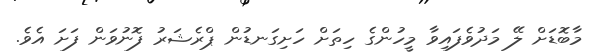
މާބޮޑަށް ލޭ މަދުވެފައިވާ މީހުންގެ ހިތަށް ހަށިގަނޑުން ޕްރެޝަރު ފޮނުވަން ފަށަ އެވެ.